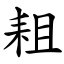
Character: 耝